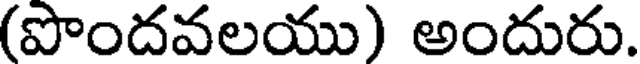
(పొందవలయు) అందురు.